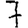
Digit: 7